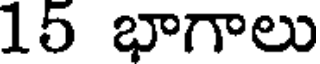
15 భాగాలు